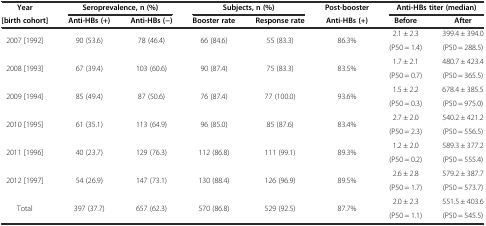
<table><thead><tr><td><b>Year</b></td><td colspan="2"><b>Seroprevalence, n (%)</b></td><td colspan="2"><b>Subjects, n (%)</b></td><td><b>Post-booster</b></td><td colspan="2"><b>Anti-HBs titer (median)</b></td></tr><tr><td><b>[birth cohort]</b></td><td><b>Anti-HBs (+)</b></td><td><b>Anti-HBs (−)</b></td><td><b>Booster rate</b></td><td><b>Response rate</b></td><td><b>Anti-HBs (+)</b></td><td><b>Before</b></td><td><b>After</b></td></tr></thead><tbody><tr><td rowspan="2">2007 [1992]</td><td rowspan="2">90 (53.6)</td><td rowspan="2">78 (46.4)</td><td rowspan="2">66 (84.6)</td><td rowspan="2">55 (83.3)</td><td rowspan="2">86.3%</td><td>2.1 ± 2.3</td><td>399.4 ± 394.0</td></tr><tr><td>(P50 = 1.4)</td><td>(P50 = 288.5)</td></tr><tr><td rowspan="2">2008 [1993]</td><td rowspan="2">67 (39.4)</td><td rowspan="2">103 (60.6)</td><td rowspan="2">90 (87.4)</td><td rowspan="2">75 (83.3)</td><td rowspan="2">83.5%</td><td>1.7 ± 2.1</td><td>480.7 ± 423.4</td></tr><tr><td>(P50 = 0.7)</td><td>(P50 = 365.5)</td></tr><tr><td rowspan="2">2009 [1994]</td><td rowspan="2">85 (49.4)</td><td rowspan="2">87 (50.6)</td><td rowspan="2">76 (87.4)</td><td rowspan="2">77 (100.0)</td><td rowspan="2">93.6%</td><td>1.5 ± 2.2</td><td>678.4 ± 385.5</td></tr><tr><td>(P50 = 0.3)</td><td>(P50 = 975.0)</td></tr><tr><td rowspan="2">2010 [1995]</td><td rowspan="2">61 (35.1)</td><td rowspan="2">113 (64.9)</td><td rowspan="2">96 (85.0)</td><td rowspan="2">85 (87.6)</td><td rowspan="2">83.4%</td><td>2.7 ± 2.0</td><td>540.2 ± 421.2</td></tr><tr><td>(P50 = 2.3)</td><td>(P50 = 556.5)</td></tr><tr><td rowspan="2">2011 [1996]</td><td rowspan="2">40 (23.7)</td><td rowspan="2">129 (76.3)</td><td rowspan="2">112 (86.8)</td><td rowspan="2">111 (99.1)</td><td rowspan="2">89.3%</td><td>1.2 ± 2.0</td><td>589.3 ± 377.2</td></tr><tr><td>(P50 = 0.2)</td><td>(P50 = 555.4)</td></tr><tr><td rowspan="2">2012 [1997]</td><td rowspan="2">54 (26.9)</td><td rowspan="2">147 (73.1)</td><td rowspan="2">130 (88.4)</td><td rowspan="2">126 (96.9)</td><td rowspan="2">89.5%</td><td>2.6 ± 2.8</td><td>579.2 ± 387.7</td></tr><tr><td>(P50 = 1.7)</td><td>(P50 = 573.7)</td></tr><tr><td>Total</td><td>397 (37.7)</td><td>657 (62.3)</td><td>570 (86.8)</td><td>529 (92.5)</td><td>87.7%</td><td>2.0 ± 2.3</td><td>551.5 ± 403.6</td></tr><tr><td></td><td></td><td></td><td></td><td></td><td></td><td>(P50 = 1.1)</td><td>(P50 = 545.5)</td></tr></tbody></table>